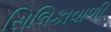
સિલિકાવાળી